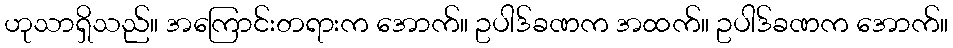
ဟုသာရှိသည်။ အကြောင်းတရားက အောက်။ ဥပါဒ်ခဏက အထက်။ ဥပါဒ်ခဏက အောက်။